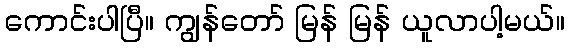
ကောင်းပါပြီ။ ကျွန်တော် မြန် မြန် ယူလာပါ့မယ်။